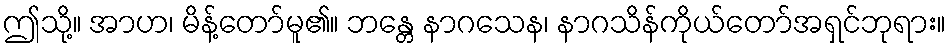
ဤသို့။ အာဟ၊ မိန့်တော်မူ၏။ ဘန္တေ နာဂသေန၊ နာဂသိန်ကိုယ်တော်အရှင်ဘုရား။